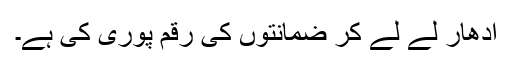
ادھار لے لے کر ضمانتوں کی رقم پوری کی ہے۔